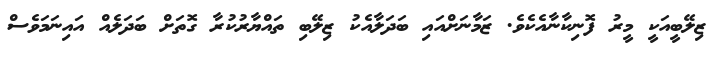
ޒިލޭބީއަކީ މީރު ފޮނިކާނާއެކެވެ. ޒަމާނަށްއައި ބަދަލާއެކު ޒިލޭބި ތައްޔާރުކުރާ ގޮތަށް ބަދަލެއް އައިނަމަވެސް